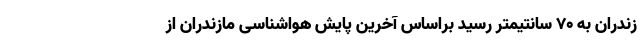
زندران به ۷۰ سانتیمتر رسید براساس آخرین پایش هواشناسی مازندران از